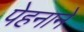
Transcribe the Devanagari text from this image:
पेहनाने